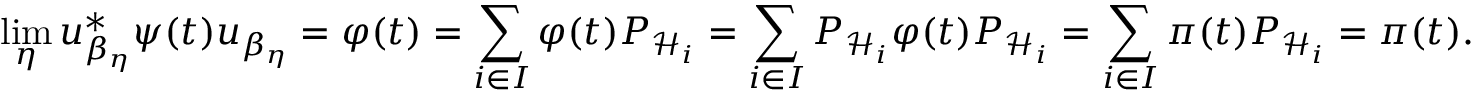
\operatorname* { l i m } _ { \eta } u _ { \beta _ { \eta } } ^ { * } \psi ( t ) u _ { \beta _ { \eta } } = \varphi ( t ) = \sum _ { i \in I } \varphi ( t ) P _ { { \mathcal { H } } _ { i } } = \sum _ { i \in I } P _ { { \mathcal { H } } _ { i } } \varphi ( t ) P _ { { \mathcal { H } } _ { i } } = \sum _ { i \in I } \pi ( t ) P _ { { \mathcal { H } } _ { i } } = \pi ( t ) .